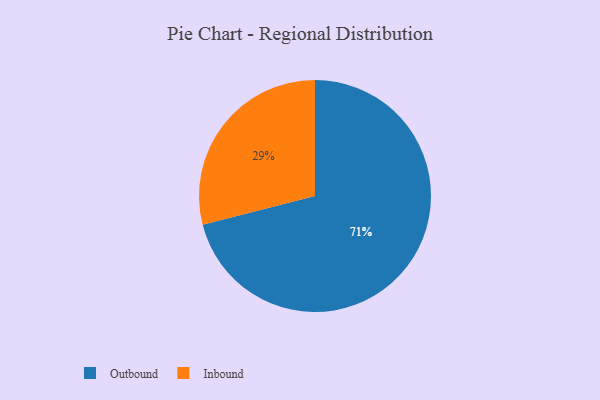
{"axis": {"x": "Category", "y": "Percentage"}, "legend": ["Inbound", "Outbound"], "data": [{"x": "Outbound", "y": 71, "type": "Outbound"}, {"x": "Inbound", "y": 29, "type": "Inbound"}]}